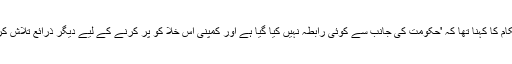
ایک اور حکام کا کہنا تھا کہ 'حکومت کی جانب سے کوئی رابطہ نہیں کیا گیا ہے اور کمپنی اس خلا کو پر کرنے کے لیے دیگر ذرائع تلاش کر رہی ہے'۔